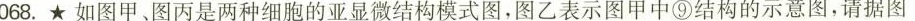
068.★如图甲、图丙是两种细胞的亚显微结构模式图，图乙表示图甲中⑨结构的示意图，请据图